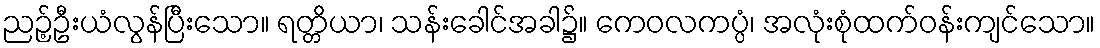
ညဉ့်ဦးယံလွန်ပြီးသော။ ရတ္တိယာ၊ သန်းခေါင်အခါ၌။ ကေဝလကပ္ပံ၊ အလုံးစုံထက်ဝန်းကျင်သော။